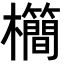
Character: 𣠰